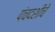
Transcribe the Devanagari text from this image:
पंचदशीचे